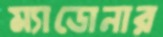
ম্যাডোনার